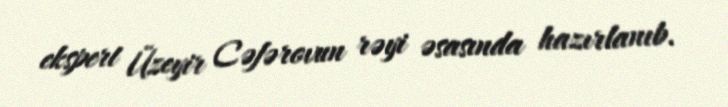
ekspert Üzeyir Cəfərovun rəyi əsasında hazırlanıb.